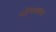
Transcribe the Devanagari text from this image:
परिपक्क्वन